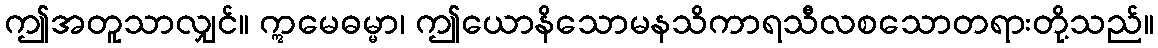
ဤအတူသာလျှင်။ ဣမေဓမ္မာ၊ ဤယောနိသောမနသိကာရသီလစသောတရားတို့သည်။